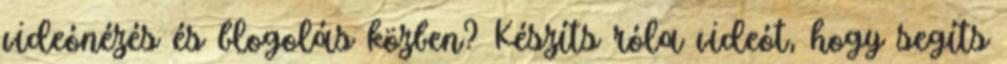
videónézés és blogolás közben? Készíts róla videót, hogy segíts